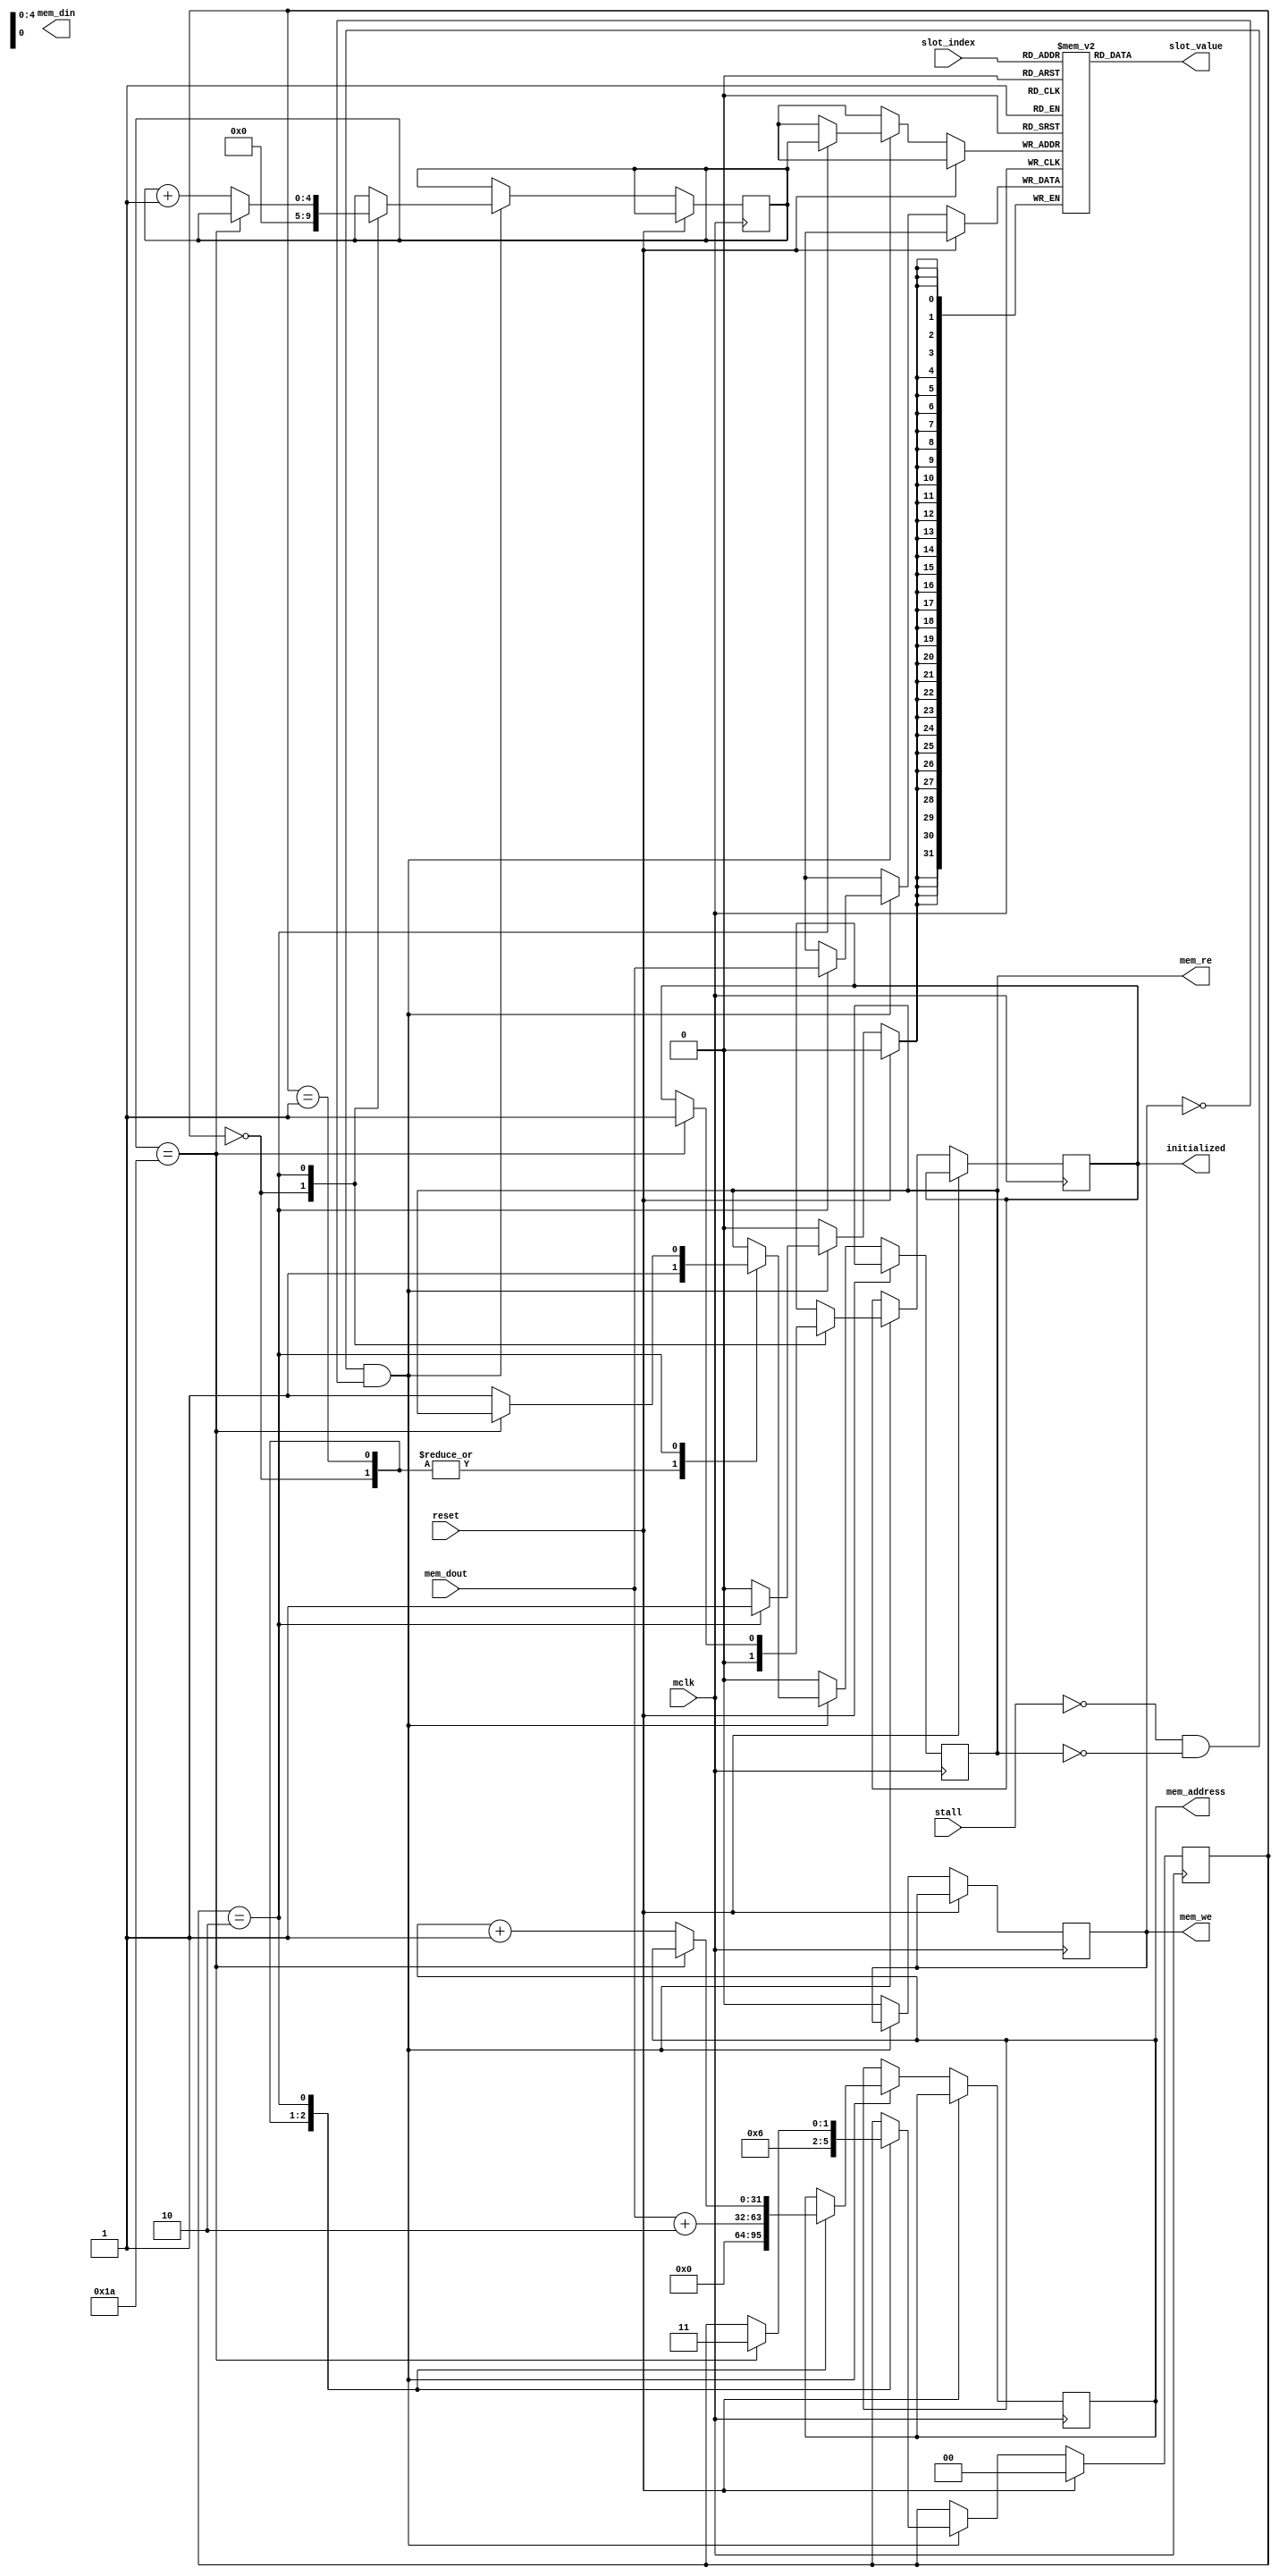
module object_store(
	input wire mclk,
	input wire stall,
	input wire reset,
	output reg[31:0] mem_address = 0,
	output reg[31:0] mem_din,
	input wire[31:0] mem_dout,
	output reg mem_re = 0,
	output reg mem_we = 0,
	input wire [4:0] slot_index,
	output wire[31:0] slot_value,
	output reg initialized = 0
);
parameter state_reset = 2'b00;
parameter state_load_ptr = 2'b01;
parameter state_load_regs = 2'b10;
parameter state_complete = 2'b11;
reg[1:0] state = state_reset;
parameter last_slot = 5'd26;
reg[4:0] store_index = 0;
reg[31:0] slots[0:26];
wire has_control = !stall && !mem_re && !mem_we;
assign slot_value = slots[slot_index];
always @ (posedge mclk) begin
	if(reset) begin
		state <= state_reset;
	end else begin
		if(has_control) begin
			case(state)
				state_reset: begin
					mem_address <= 31'b0;
					mem_re <= 1;
					state <= state_load_ptr;
					store_index <= 0;
					initialized <= 0;
				end
				state_load_ptr: begin
					mem_address <= mem_dout + 2; 
					mem_re <= 1;
					state <= state_load_regs;
				end
				state_load_regs: begin
					slots[store_index] <= mem_dout;
					if(store_index == last_slot) begin
						state <= state_complete;
						initialized <= 1;
					end else begin
						mem_address <= mem_address + 1;
						store_index <= store_index + 1;
						mem_re <= 1;
					end
				end
				default: begin
				end
			endcase
		end else begin
			mem_we <= 0;
			mem_re <= 0;
		end
	end
end
endmodule